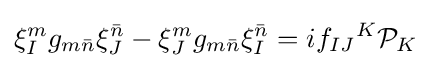
\xi _{I}^{m}g_{m{\bar {n}}}\xi _{J}^{\bar {n}}-\xi _{J}^{m}g_{m{\bar {n}}}\xi _{I}^{\bar {n}}=if_{IJ}{}^{K}{\mathcal {P}}_{K}